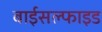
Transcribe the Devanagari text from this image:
बाईसल्फाइड